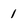
Character: 1